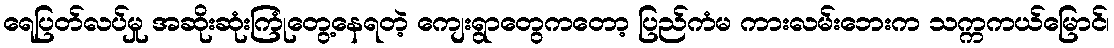
ရေပြတ်လပ်မှု အဆိုးဆုံးကြုံတွေ့နေရတဲ့ ကျေးရွာတွေကတော့ ပြည်ကံမ ကားလမ်းဘေးက သက္ကကယ်မြောင်၊